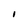
Character: I